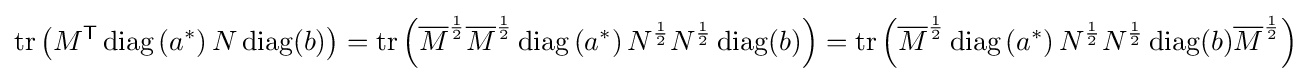
\operatorname {tr} \left(M^{\textsf {T}}\operatorname {diag} \left(a^{*}\right)N\operatorname {diag} (b)\right)=\operatorname {tr} \left({\overline {M}}^{\frac {1}{2}}{\overline {M}}^{\frac {1}{2}}\operatorname {diag} \left(a^{*}\right)N^{\frac {1}{2}}N^{\frac {1}{2}}\operatorname {diag} (b)\right)=\operatorname {tr} \left({\overline {M}}^{\frac {1}{2}}\operatorname {diag} \left(a^{*}\right)N^{\frac {1}{2}}N^{\frac {1}{2}}\operatorname {diag} (b){\overline {M}}^{\frac {1}{2}}\right)